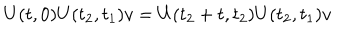
U ( t , 0 ) U ( t _ { 2 } , t _ { 1 } ) v = U ( t _ { 2 } + t , t _ { 2 } ) U ( t _ { 2 } , t _ { 1 } ) v